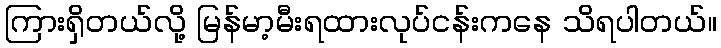
ကြားရှိတယ်လို့ မြန်မာ့မီးရထားလုပ်ငန်းကနေ သိရပါတယ်။